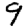
Digit: 9